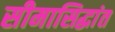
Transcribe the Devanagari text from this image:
सीमासिद्धांत